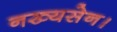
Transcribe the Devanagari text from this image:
नख्यसेन।